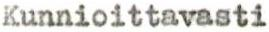
Kunnioittavasti